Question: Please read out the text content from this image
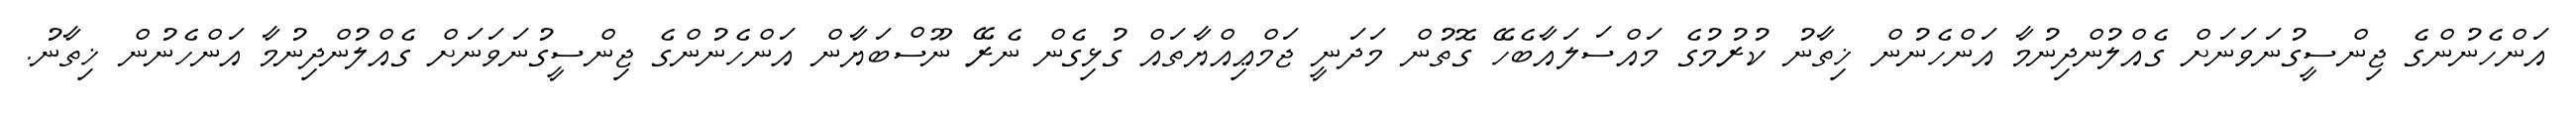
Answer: އަންހެނުންގެ ޖިންސީގުނަވަނަށް ގެއްލުންދިނުމާ އަންހެނުން ޚިތާނު ކުރުމުގެ މައްސަލައާބެހޭ ގޮތުން މަދަނީ ޖަމްޢިއްޔާތައް ގުޅިގެން ނެރޭ ނޫސްބަޔާން އަންހެނުންގެ ޖިންސީގުނަވަނަށް ގެއްލުންދިނުމާ އަންހެނުން ޚިތާނު.